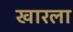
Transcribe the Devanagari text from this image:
खारला